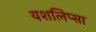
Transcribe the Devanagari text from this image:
यशलिप्सा